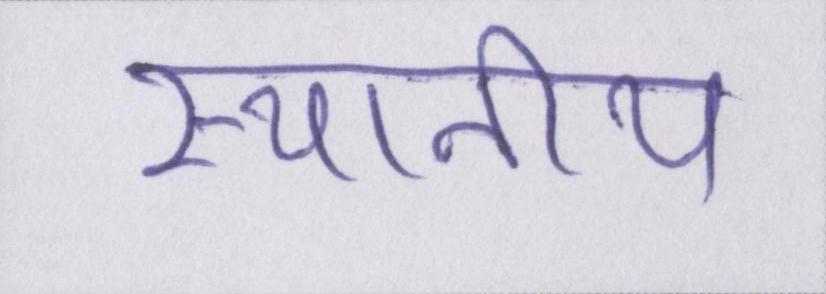
स्थानीय